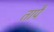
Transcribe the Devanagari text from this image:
तापै